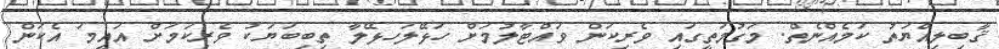
ޤާބިލިއްޔަތު ކަމެއްނެތް. މަގުމަތީގައި ވެރިކަން ވައްޓާލުމަށް ހަޅޭލަހޅޭލާ ތިބިބަޔަކު ވެރިކަމަށް އައީމަ އެކަން